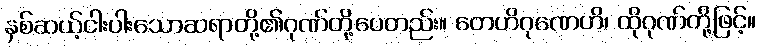
နှစ်ဆယ့်ငါးပါးသောဆရာတို့၏ဂုဏ်တို့ပေတည်း။ တေဟိဂုဏေဟိ၊ ထိုဂုဏ်တို့ဖြင့်။